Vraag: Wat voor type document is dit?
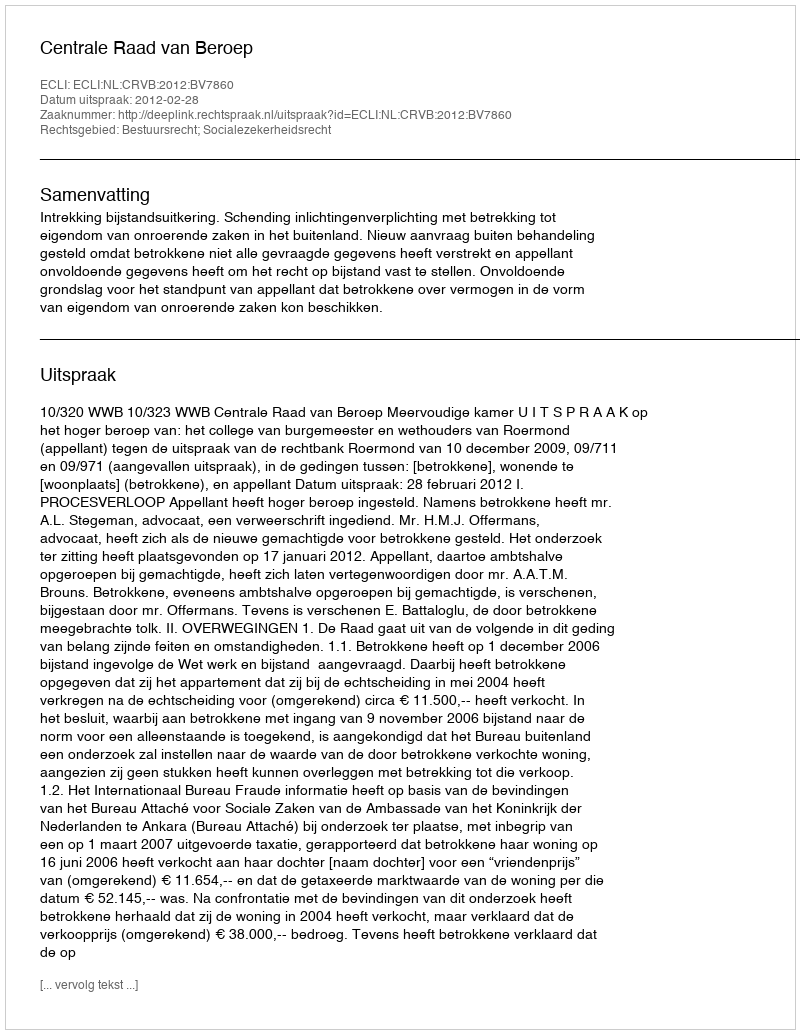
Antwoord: Uitspraak